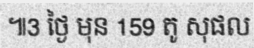
៕3 ថ្ងៃ មុន 159 តូ សុផល